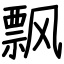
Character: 飘